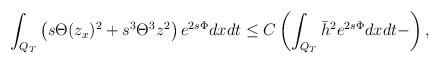
LaTeX: \begin{align*} \begin{aligned} \int_{Q_T} \left(s\Theta (z_x)^2 + s^3 \Theta^3 z^2\right)e^{2s\Phi}dxdt\le C\left(\int_{Q_T} {\bar h}^{2}e^{2s\Phi}dxdt -\right), \end{aligned} \end{align*}